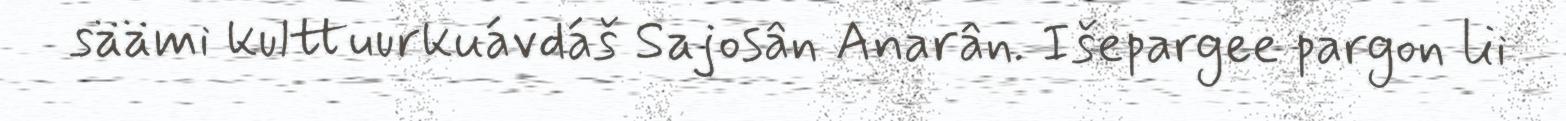
säämi kulttuurkuávdáš Sajosân Anarân. Išepargee pargon lii